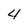
Character: 4